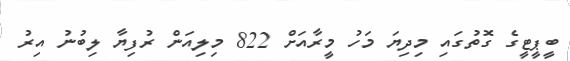
ބީޕީޓީގެ ގޮތުގައި މިދިޔަ މަހު މީރާއަށް 822 މިލިއަން ރުފިޔާ ލިބުނު އިރު